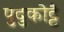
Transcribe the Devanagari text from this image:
पुदुकोट्टै